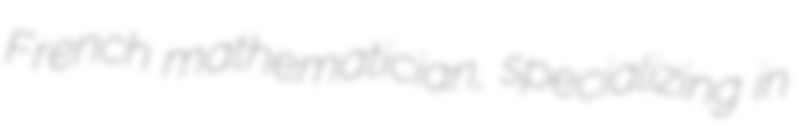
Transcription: French mathematician, specializing in